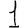
Digit: 1